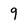
Character: 9